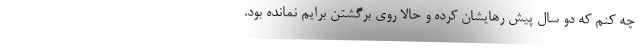
چه کنم که دو سال پیش رهایشان کرده و حالا روی برگشتن برایم نمانده بود.